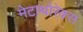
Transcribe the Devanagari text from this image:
मेटाथोरेक्स